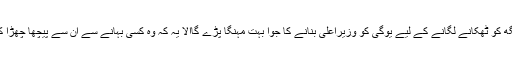
مودی جی کو قومی انتخاب میں اپنے حریف ِ اول راجناتھ سنگھ کو ٹھکانے لگانے کے لیے یوگی کو وزیراعلیٰ بنانے کا جوا بہت مہنگا پڑے گاالاّ یہ کہ وہ کسی بہانے سے ان سے پیچھا چھڑا کر کسی نسبتاً معقول شخص کو اتر پردیش کی کمان تھمائیں ۔